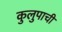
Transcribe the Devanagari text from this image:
कुलुपाची